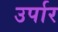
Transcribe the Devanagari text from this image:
उर्पार